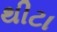
થીટા